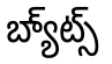
బ్యా్ట్స్